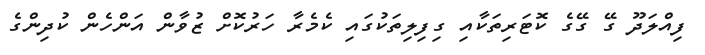
ފިއްލަދޫ ގޭ ގޭގެ ކޮޓަރިތަކާއި ގިފިލިތަކުގައި ކެމެރާ ހަރުކޮށް ޒުވާން އަންހެން ކުދިންގެ